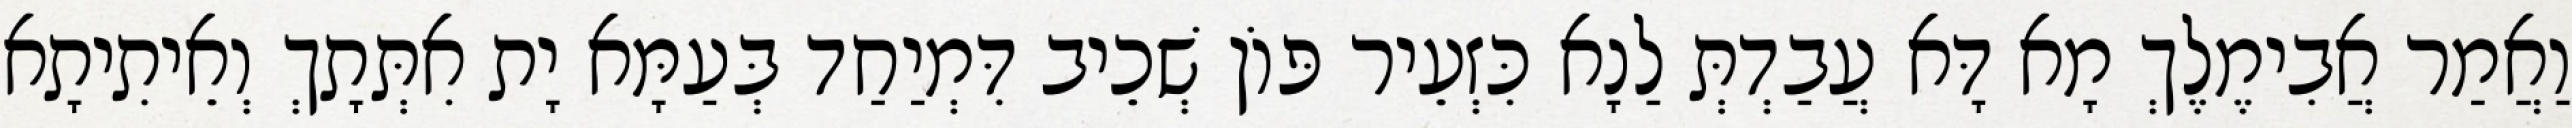
וַאֲמַר אֲבִימֶלֶךְ מָא דָּא עֲבַדְתְּ לַנָא כִּזְעֵיר פּוֹן שְׁכֵיב דִּמְיַחַד בְּעַמָּא יָת אִתְּתָךְ וְאֵיתִיתָא